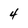
Character: 4